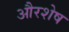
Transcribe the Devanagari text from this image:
औरशेष